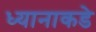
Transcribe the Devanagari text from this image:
ध्यानाकडे